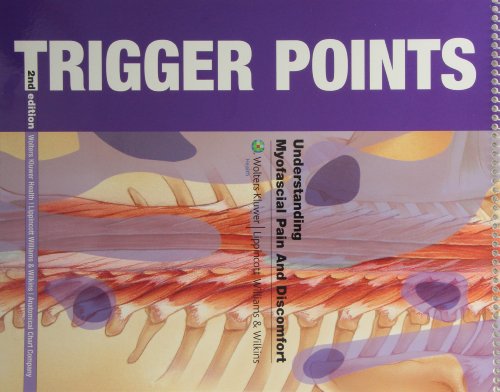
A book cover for Trigger Points FlipBook: Understanding Myofascial Pain and Discomfort; Anatomical Chart Company; Medical Books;